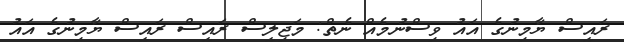
ރައީސް ޔާމިނުގެ އައު ވިސްނުމެއް ނެތް: މަޖިލީސް ރައީސް ރައީސް ޔާމިނުގެ އައު